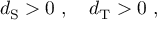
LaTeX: d _ { \mathrm { S } } > 0 \ , \quad d _ { \mathrm { T } } > 0 \ ,